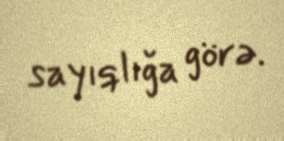
sayıqlığa görə.